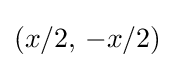
(x/2,\,-x/2)